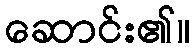
ဆောင်း၏။